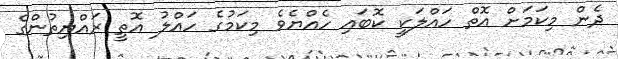
ދެން މިކަމަށް އޮތް ހައްލަކީ ކޮބައި ހެއްޔެވެ މިކަމުގެ ހައްލު އޮތީ ރައްޔިތުންގެ